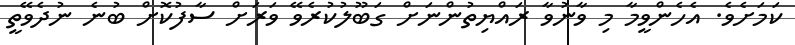
ކަމަށެވެ. އެހެންވީމާ މި ވާނުވާ ރައްޔިތުންނަށް ގަބޫލުކުރެވޭ ވަރަށް ސާފުކޮށް ބުނެ ނުދެވޭތީ